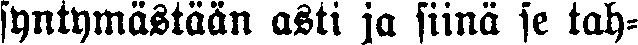
syntymästään asti ja siinä se tah-